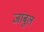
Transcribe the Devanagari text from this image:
जांबूल